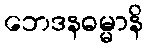
ဘေဒနဓမ္မာနိ